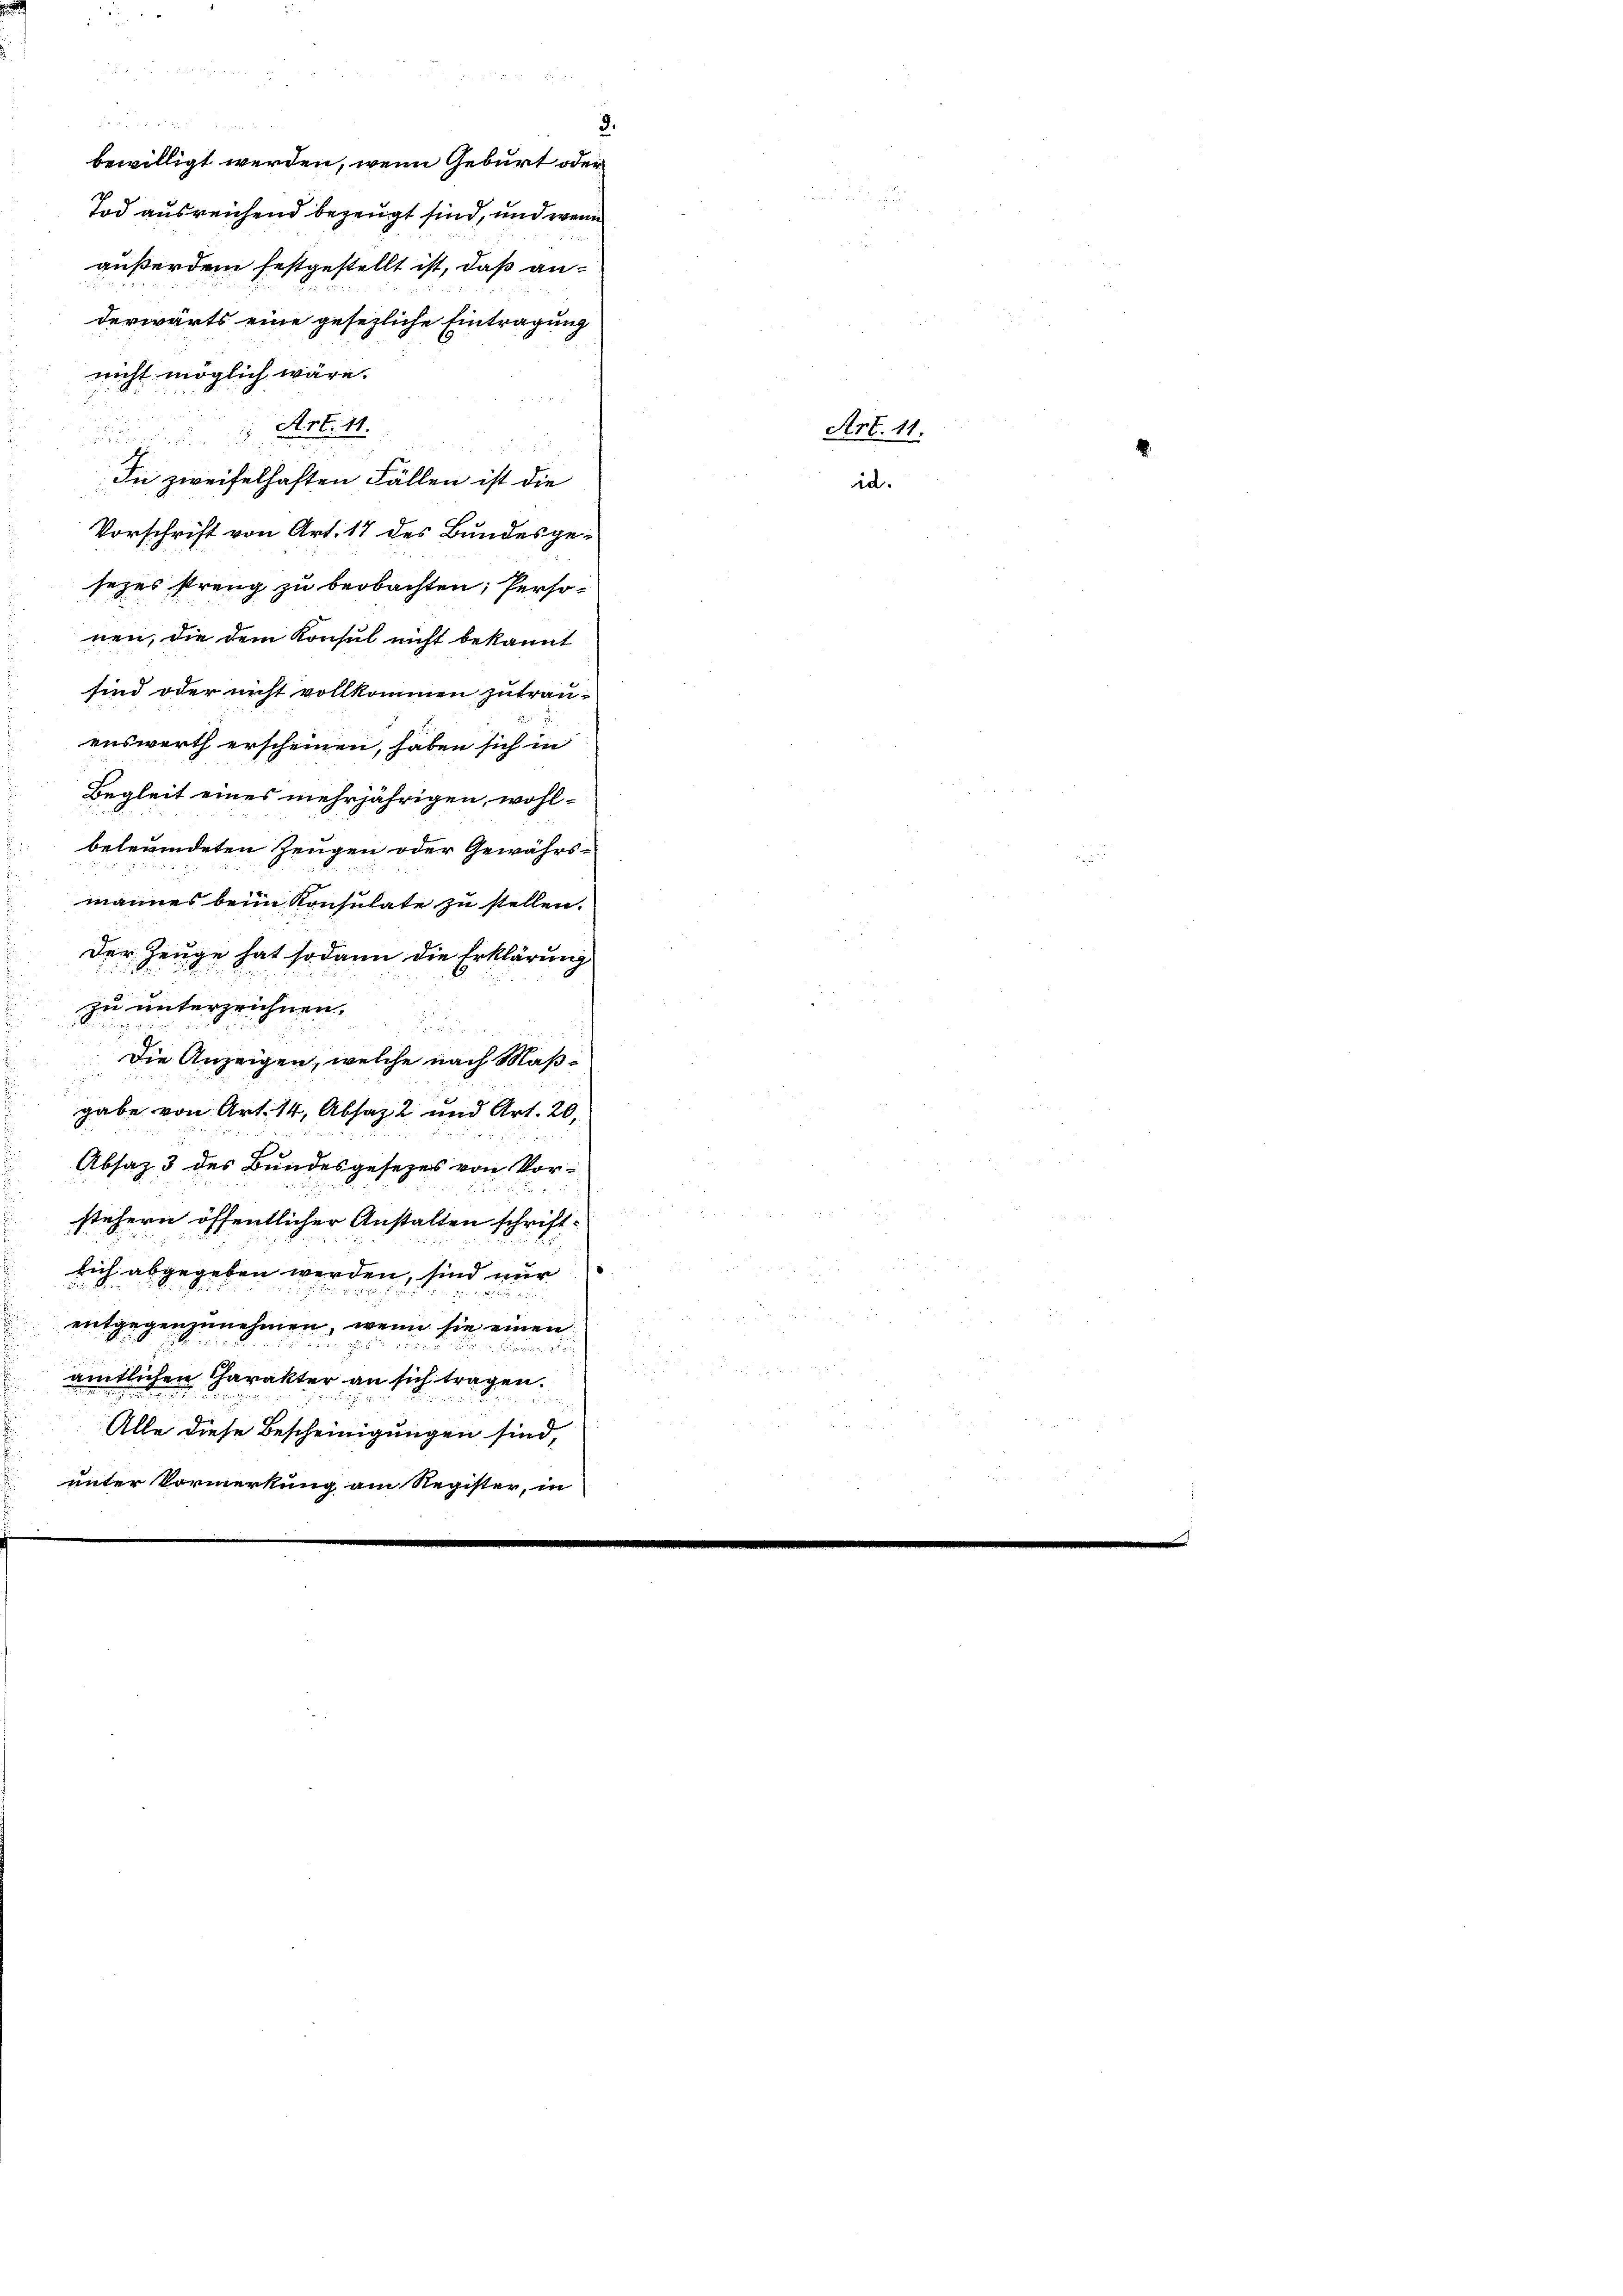
e
bewilligt werden, wenn Geburt oder
Tod ausreichend bezeugt sind, und wenn
außerden festgestellt ist, daß anderwärts eine gesezliche Eintragung
nicht möglich wäre.
Art. 11
u
z
In zweifelhaften Fällen ist die
Vorschrift von Art. 17 des Bundesgesezes streng zu beobachten, Personen, die dem Konsul nicht bekannt
sind oder nicht vollkommen zutrauenswerth erscheinen, haben sich in
Begleit eines mehrjährigen, wohlbeleumdeten Zeugen oder Gewährsmannes beim Konsulate zu stellen.
Der Zeuge hat sodann die Erklärung
zu unterzeichnen.

Die Anzeigen, welche nach Maßd
gabe von Art. 14, Absatz 2 und Art. 20
Absaz 3 des Bundesgesezes von Vorstehern öffentlicher Anstalten schriftsich abgegeben werden, sind mir
entgegenzunehmen, wenn sie einen
amtlichen Charakter an sich tragen.
Alle diese Bescheinigungen sind,
unter Vormerkung am Re-

3.

id.

Art. 11.